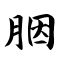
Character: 胭